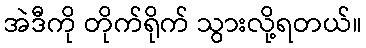
အဲဒီကို တိုက်ရိုက် သွားလို့ရတယ်။